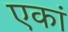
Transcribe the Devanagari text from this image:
एकां